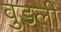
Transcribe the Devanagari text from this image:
वुडली